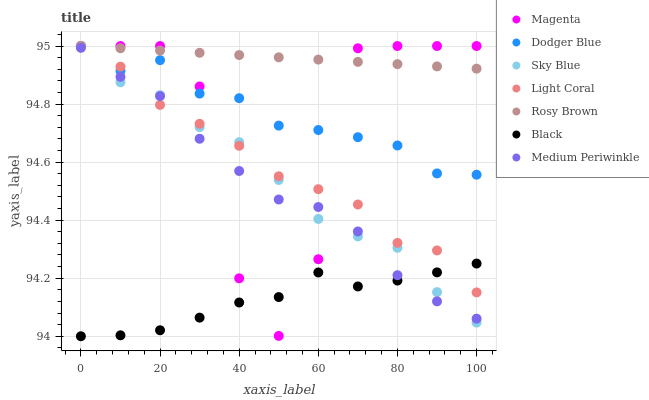
| xaxis_label | Magenta | Dodger Blue | Sky Blue | Light Coral | Rosy Brown | Black | Medium Periwinkle |
 | --- | --- | --- | --- | --- | --- | --- | --- |
 | 0 | 95 | 95 | 95 | 95 | 95 | 94 | 95 |
 | 10 | 95 | 94.9 | 94.9 | 94.9 | 95 | 94 | 94.9 |
 | 20 | 95 | 95 | 94.8 | 94.8 | 95 | 94 | 94.8 |
 | 30 | 94.9 | 94.8 | 94.7 | 94.7 | 95 | 94.1 | 94.7 |
 | 40 | 94.2 | 94.8 | 94.7 | 94.7 | 95 | 94.1 | 94.6 |
 | 50 | 94 | 94.7 | 94.5 | 94.6 | 95 | 94.1 | 94.5 |
 | 60 | 94.3 | 94.7 | 94.4 | 94.5 | 95 | 94.2 | 94.4 |
 | 70 | 95 | 94.7 | 94.3 | 94.5 | 94.9 | 94.2 | 94.4 |
 | 80 | 95 | 94.7 | 94.3 | 94.3 | 94.9 | 94.2 | 94.2 |
 | 90 | 95 | 94.6 | 94.2 | 94.3 | 94.9 | 94.2 | 94.1 |
 | 100 | 95 | 94.6 | 94 | 94.2 | 94.9 | 94.3 | 94.1 |